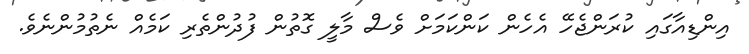
އިންޑިއާގައި ކުރަންޖެހޭ އެހެން ކަންކަމަށް ވެސް މާލީ ގޮތުން ފުދުންތެރި ކަމެއް ނެތުމުންނެވެ.